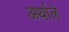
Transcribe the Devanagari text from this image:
अर्थाले